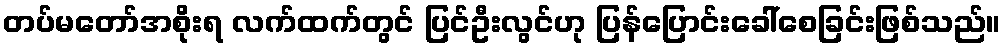
တပ်မတော်အစိုးရ လက်ထက်တွင် ပြင်ဦးလွင်ဟု ပြန်ပြောင်းခေါ်စေခြင်းဖြစ်သည်။